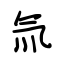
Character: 氚